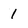
Character: 1